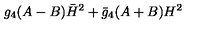
g _ { 4 } ( A - B ) \bar { H } ^ { 2 } + \bar { g } _ { 4 } ( A + B ) H ^ { 2 }